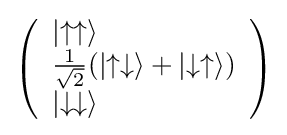
\left({\begin{array}{ll}|{\uparrow \uparrow }\rangle \\{\frac {1}{\sqrt {2}}}(|{\uparrow \downarrow }\rangle +|{\downarrow \uparrow }\rangle )\\|{\downarrow \downarrow }\rangle \end{array}}\right)